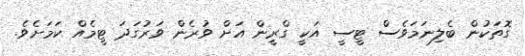
ގޮތަކުން ބެލިނަމަވެސް ޓީސީ އަކީ ގްރީން އަށް ވުރެން ވަރުގަދަ ޓީމެއް ކަމަށެވެ.